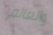
والعالم